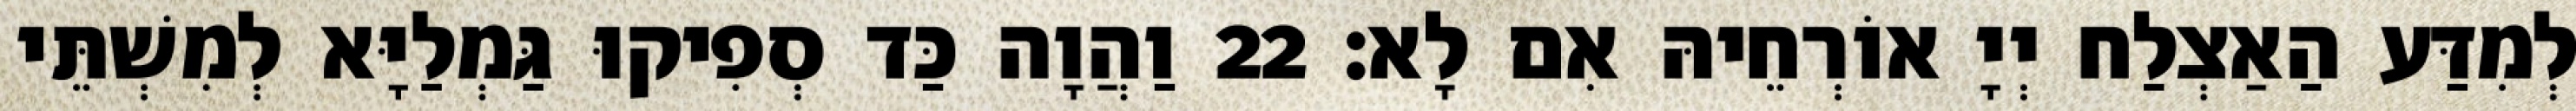
לְמִדַּע הַאַצְלַח יְיָ אוֹרְחֵיהּ אִם לָא׃ 22 וַהֲוָה כַּד סְפִיקוּ גַּמְלַיָּא לְמִשְׁתֵּי